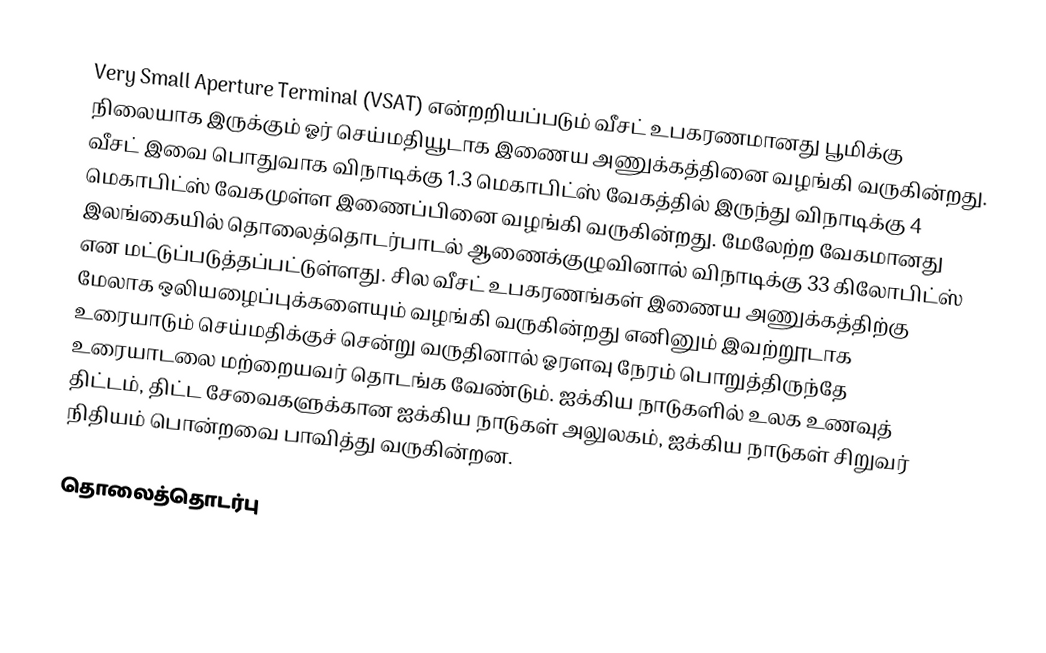
Very Small Aperture Terminal (VSAT) என்றறியப்படும் வீசட் உபகரணமானது பூமிக்கு நிலையாக இருக்கும் ஓர் செய்மதியூடாக இணைய அணுக்கத்தினை வழங்கி வருகின்றது. வீசட் இவை பொதுவாக விநாடிக்கு 1.3 மெகாபிட்ஸ் வேகத்தில் இருந்து விநாடிக்கு 4 மெகாபிட்ஸ் வேகமுள்ள இணைப்பினை வழங்கி வருகின்றது. மேலேற்ற வேகமானது இலங்கையில் தொலைத்தொடர்பாடல் ஆணைக்குழுவினால் விநாடிக்கு 33 கிலோபிட்ஸ் என மட்டுப்படுத்தப்பட்டுள்ளது. சில வீசட் உபகரணங்கள் இணைய அணுக்கத்திற்கு மேலாக ஒலியழைப்புக்களையும் வழங்கி வருகின்றது எனினும் இவற்றூடாக உரையாடும் செய்மதிக்குச் சென்று வருதினால் ஓரளவு நேரம் பொறுத்திருந்தே உரையாடலை மற்றையவர் தொடங்க வேண்டும். ஐக்கிய நாடுகளில் உலக உணவுத் திட்டம், திட்ட சேவைகளுக்கான ஐக்கிய நாடுகள் அலுலகம், ஐக்கிய நாடுகள் சிறுவர் நிதியம் பொன்றவை பாவித்து வருகின்றன.

தொலைத்தொடர்பு